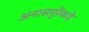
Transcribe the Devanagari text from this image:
अनासपुरेंकडे